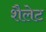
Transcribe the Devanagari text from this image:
शैलेट